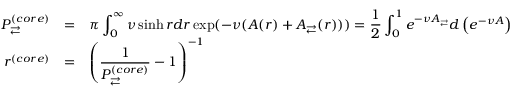
\begin{array} { r l l } { P _ { \rightleftarrows } ^ { ( c o r e ) } } & { = } & { \displaystyle \pi \int _ { 0 } ^ { \infty } \nu \sinh r d r \exp ( - \nu ( A ( r ) + A _ { \rightleftarrows } ( r ) ) ) = \frac { 1 } { 2 } \int _ { 0 } ^ { 1 } e ^ { - \nu A _ { \rightleftarrows } } d \left( e ^ { - \nu A } \right) \medskip } \\ { r ^ { ( c o r e ) } } & { = } & { \displaystyle \left( \frac { 1 } { P _ { \rightleftarrows } ^ { ( c o r e ) } } - 1 \right) ^ { - 1 } } \end{array}